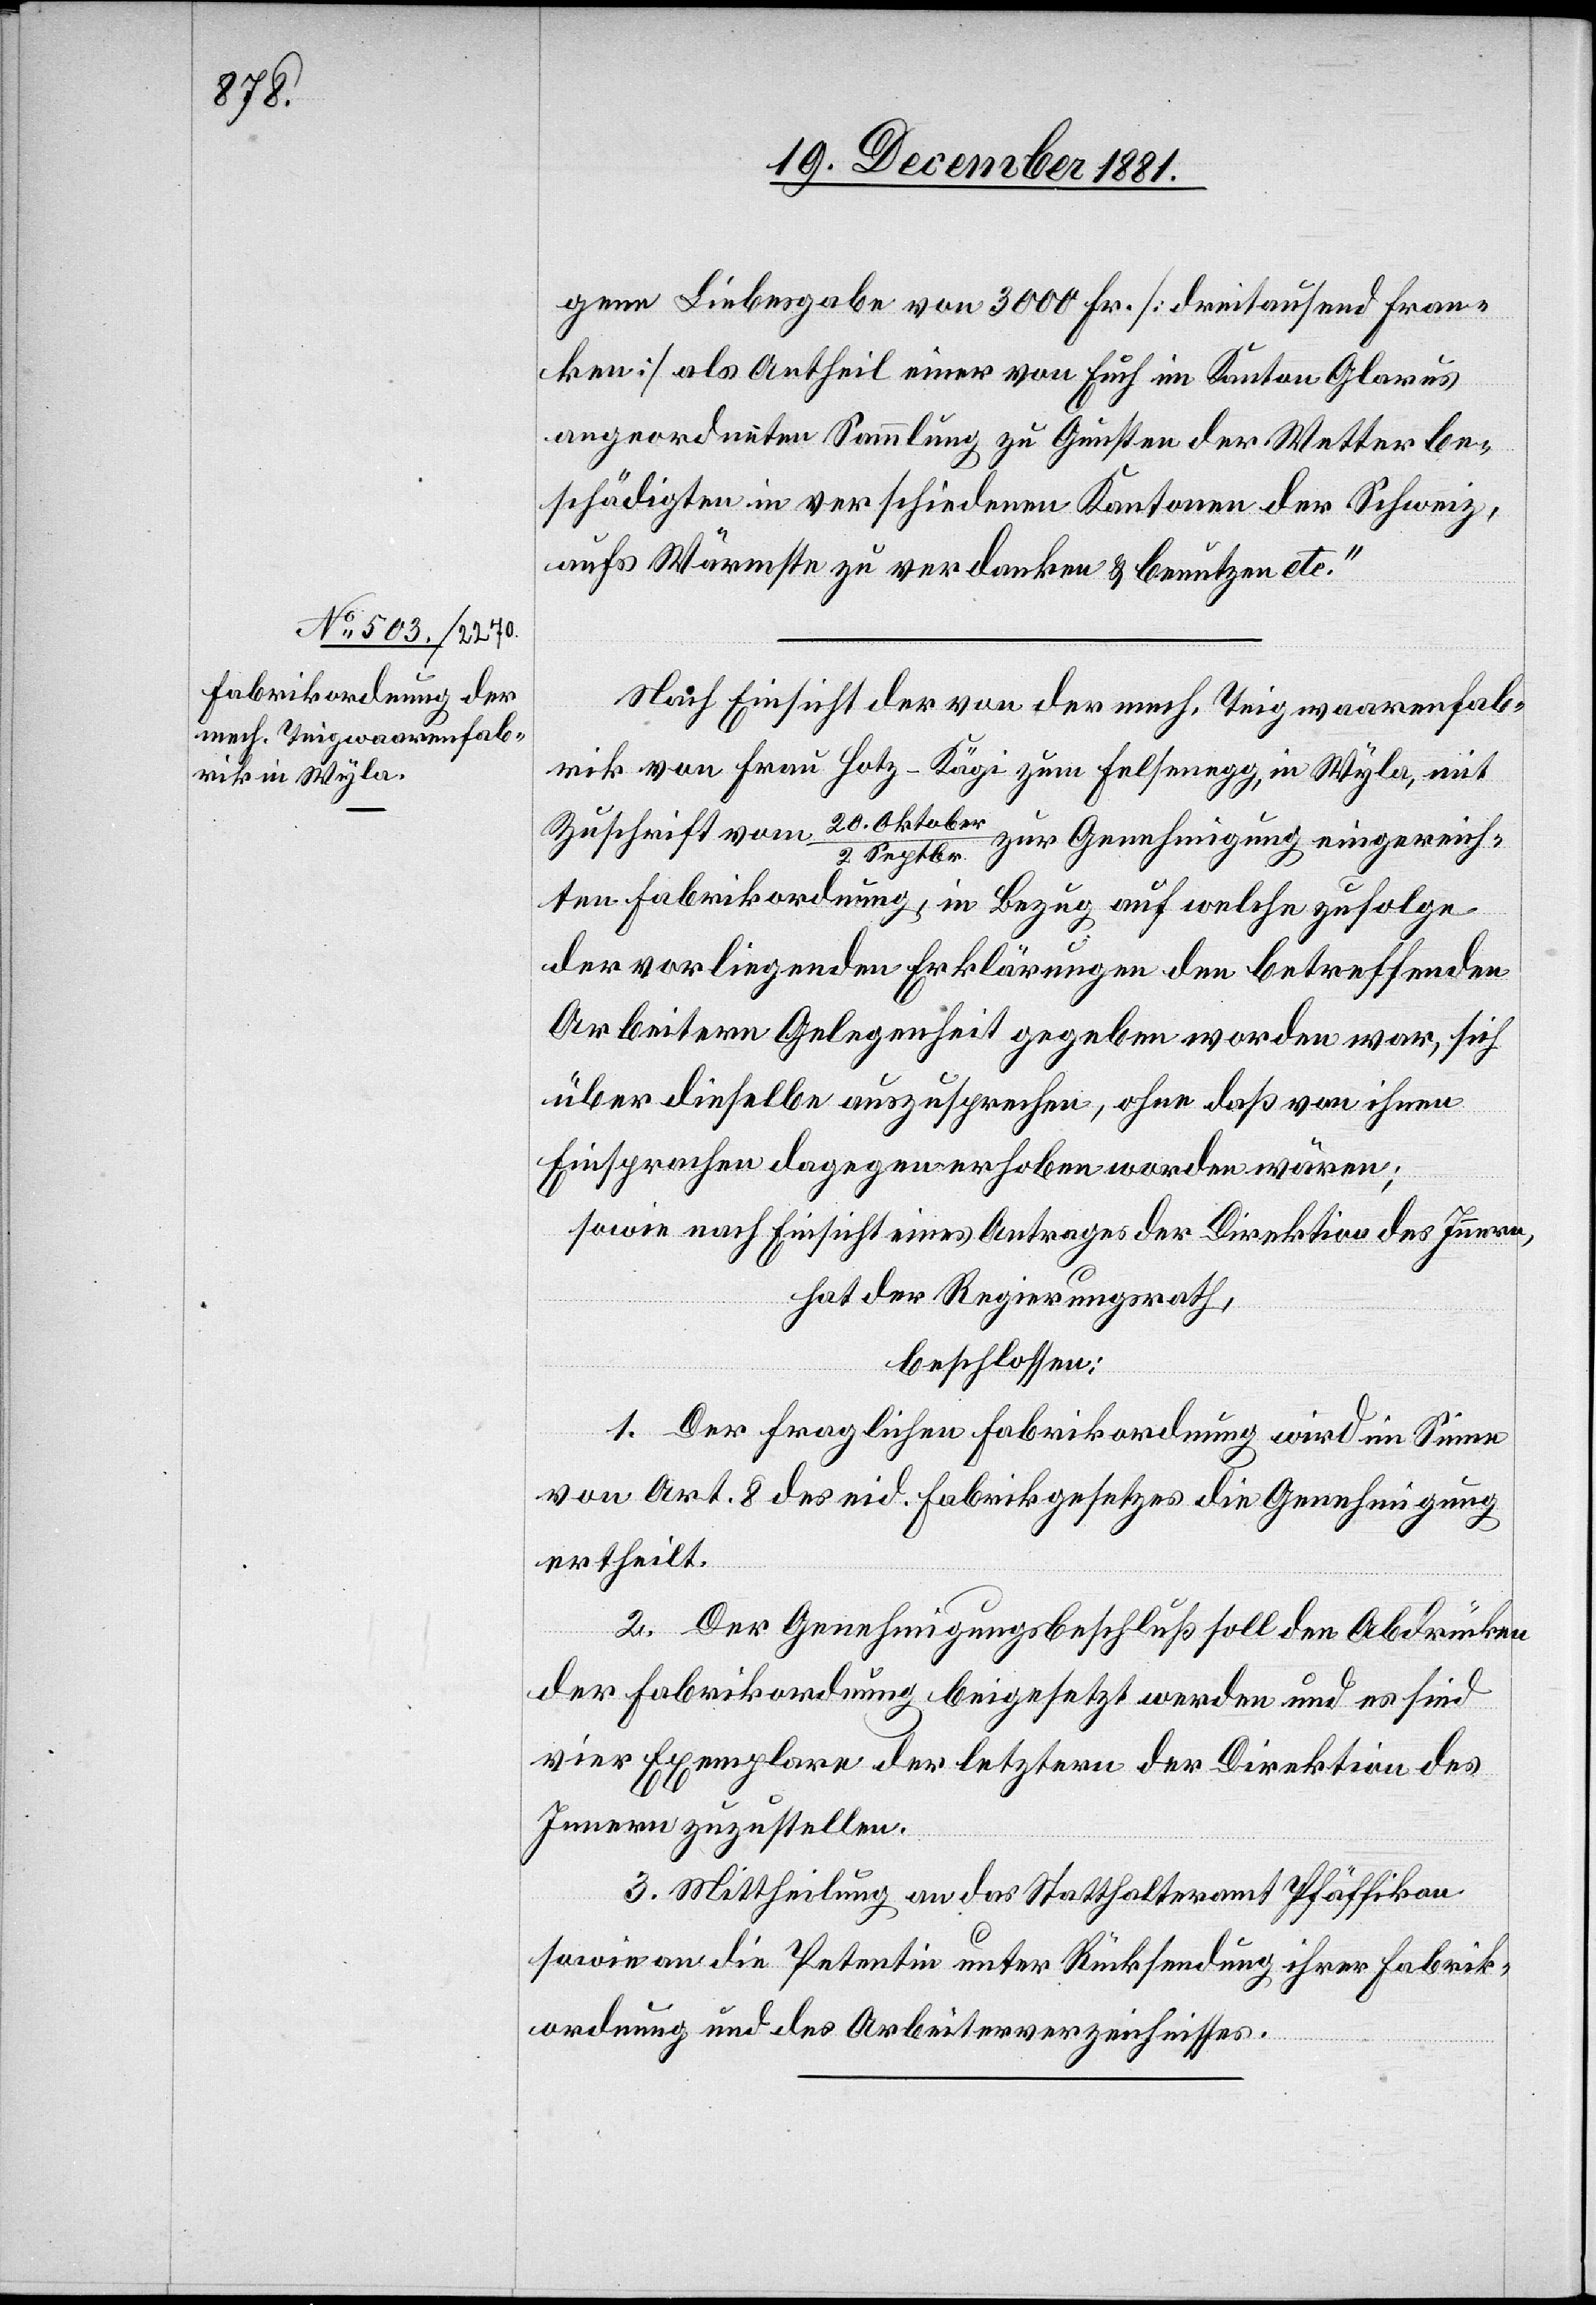
ber/2.

gene Liebesgabe von 3000 Fr. [dreitausend Fran¬
ken] als Antheil einer von Euch im Kanton Glarus
angeordneten Sammlung zu Gunsten der Wetterbe¬
schädigten in verschiedenen Kantonen der Schweiz,
aufs Wärmste zu verdanken & benutzen etc.“
Nach Einsicht der von der mech. Teigwaarenfab¬
rik von Frau Hotz-Kägi zum Felsenegg, in Wyla, mit
Zuschrift vom 20. Okto¬
Septbr. zur Genehmigung eingereich¬
ten Fabrikordnung, in Bezug auf welche zufolge
der vorliegenden Erklärungen den betreffenden
Arbeitern Gelegenheit gegeben worden war, sich
über dieselbe auszusprechen, ohne daß von ihnen
Einsprachen dagegen erhoben worden wären;
sowie nach Einsicht eines Antrages der Direktion des Innern,
hat der Regierungsrath,
beschlossen:
1. Der fraglichen Fabrikordnung wird im Sinne
von Art. 8 des eid. Fabrikgesetzes die Genehmigung
ertheilt.
2. Der Genehmigungsbeschluß soll den Abdrücken
der Fabrikordnung beigesetzt werden und es sind
vier Exemplare der letztern der Direktion des
Innern zuzustellen.
3. Mittheilung an das Statthalteramt Pfäffikon
sowie an die Petentin unter Rücksendung ihrer Fabrik¬
ordnung und des Arbeiterverzeichnisses.